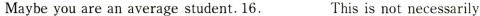
Maybe you are an average student. 16.___This is not necessarily